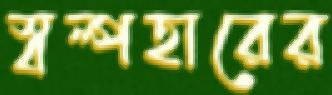
স্বল্পহারের